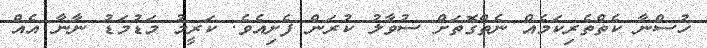
ހުސްނާ ކެތްތެރިކަމެއް ނެތްގޮތަށް ސުވާލު ކުރަން ފެށިއެވެ. ކަރީމު މަޑުމަޑު ނާނާ އެއް